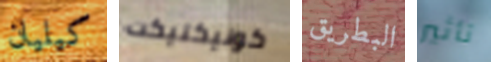
كيليان كونيكتيكت البطريق تأثير